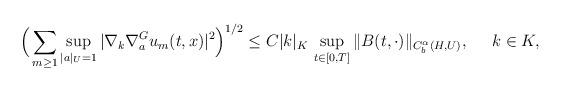
LaTeX: \begin{align*} \Big ( \sum_{m \ge 1} \sup_{|a|_U =1}| \nabla_k \nabla_{a}^G u_m (t,x)|^2 \Big)^{1/2}\le C |k|_K \, \sup_{t \in [0,T]}\| B(t, \cdot )\|_{ C^{\alpha}_b(H, U)},\;\; \;\;\; k \in K, \end{align*}